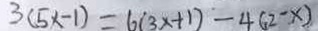
3 ( 5 x - 1 ) = 6 ( 3 x + 1 ) = 4 ( 2 - x )